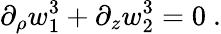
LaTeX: \partial_{\rho}w_{1}^{3}+\partial_{z}w_{2}^{3}=0\ .